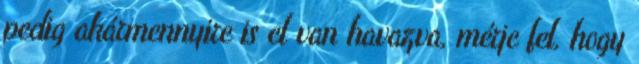
pedig akármennyire is el van havazva, mérje fel, hogy